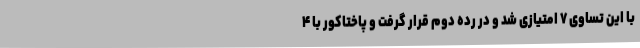
با این تساوی ۷ امتیازی شد و در رده دوم قرار گرفت و پاختاکور با ۴